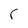
Character: C